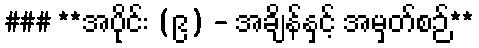
### **အပိုင်း (၉) - အချိန်နှင့် အမှတ်စဉ်**